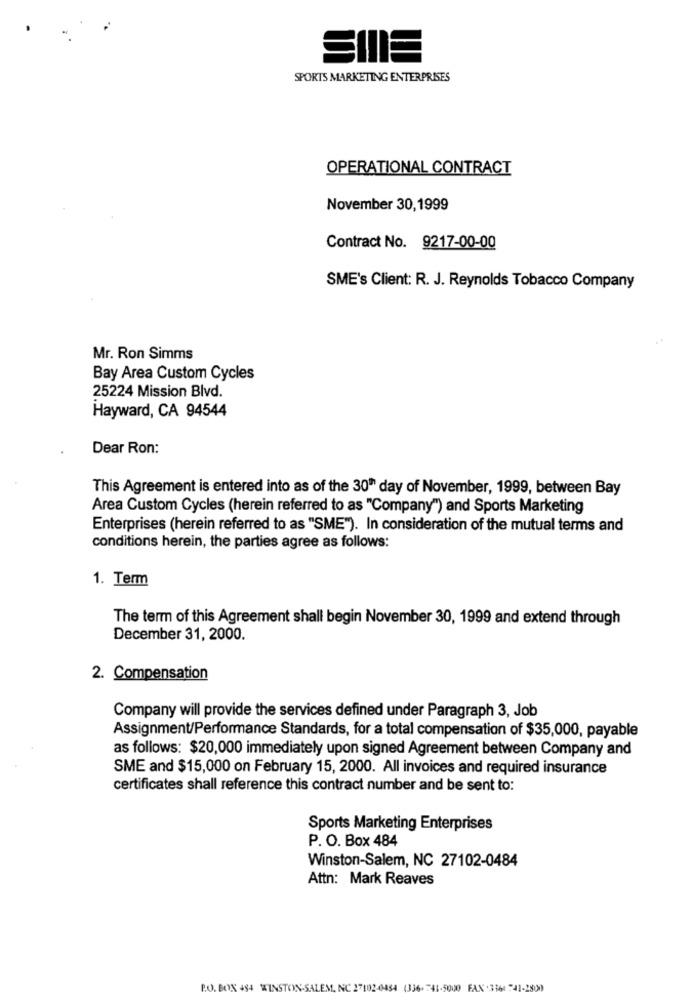
SIIE
SPORTS MARKETING ENTERPRISES
OPERATIONAL CONTRACT
November 30,1999
Contract No. 9217-00-00
SME's Client: R. J. Reynolds Tobacco Company
Mr. Ron Simms
Bay Area Custom Cycles
25224 Mission Blvd.
Hayward, CA 94544
Dear Ron:
This Agreement is entered into as of the 30" day of November, 1999, between Bay
Area Custom Cycles (herein referred to as "Company") and Sports Marketing
Enterprises (herein referred to as "SME"). In consideration of the mutual terms and
conditions herein, the parties agree as follows:
1. Term
The term of this Agreement shall begin November 30, 1999 and extend through
December 31, 2000.
2. Compensation
Company will provide the services defined under Paragraph 3, Job
Assignment/Performance Standards, for a total compensation of $35,000, payable
as follows: $20,000 immediately upon signed Agreement between Company and
SME and $15,000 on February 15, 2000. All invoices and required insurance
certificates shall reference this contract number and be sent to:
Sports Marketing Enterprises
P. O. Box 484
Winston-Salem, NC 27102-0484
Attn: Mark Reaves
R.O. BOX 484 WINSTON-SALEM, NC 27102-09454 (336-741-5000 FAX .3160-41-2800